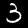
Digit: 3